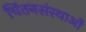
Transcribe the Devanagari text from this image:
चिंतनसंस्थाओं